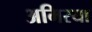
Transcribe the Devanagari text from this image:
अमिरया